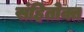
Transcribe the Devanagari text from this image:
संहितोक्त